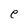
Character: e